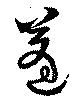
蓬